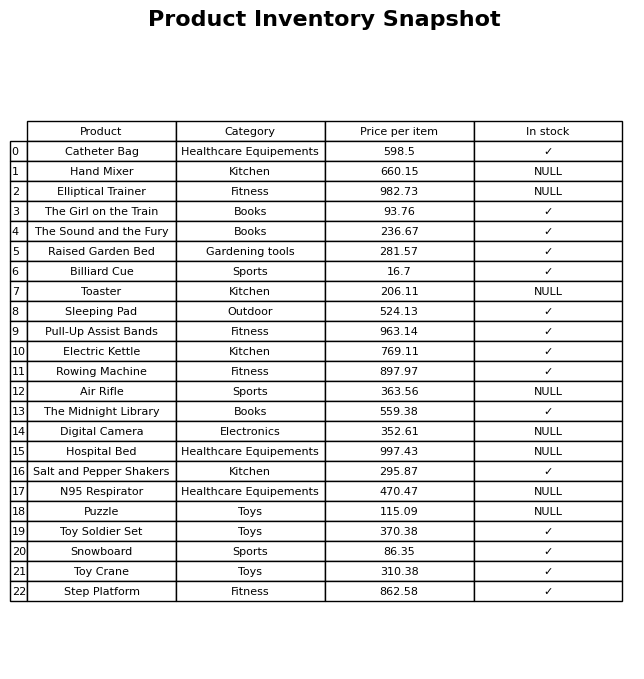
question: What is the price of the Toy Crane?
answer: The price of Toy Crane is 310.38.